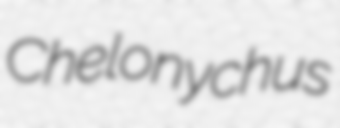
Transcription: Chelonychus